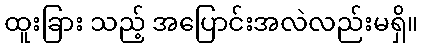
ထူးခြား သည့် အပြောင်းအလဲလည်းမရှိ။